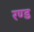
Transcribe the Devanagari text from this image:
रण्ड